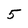
Character: 5